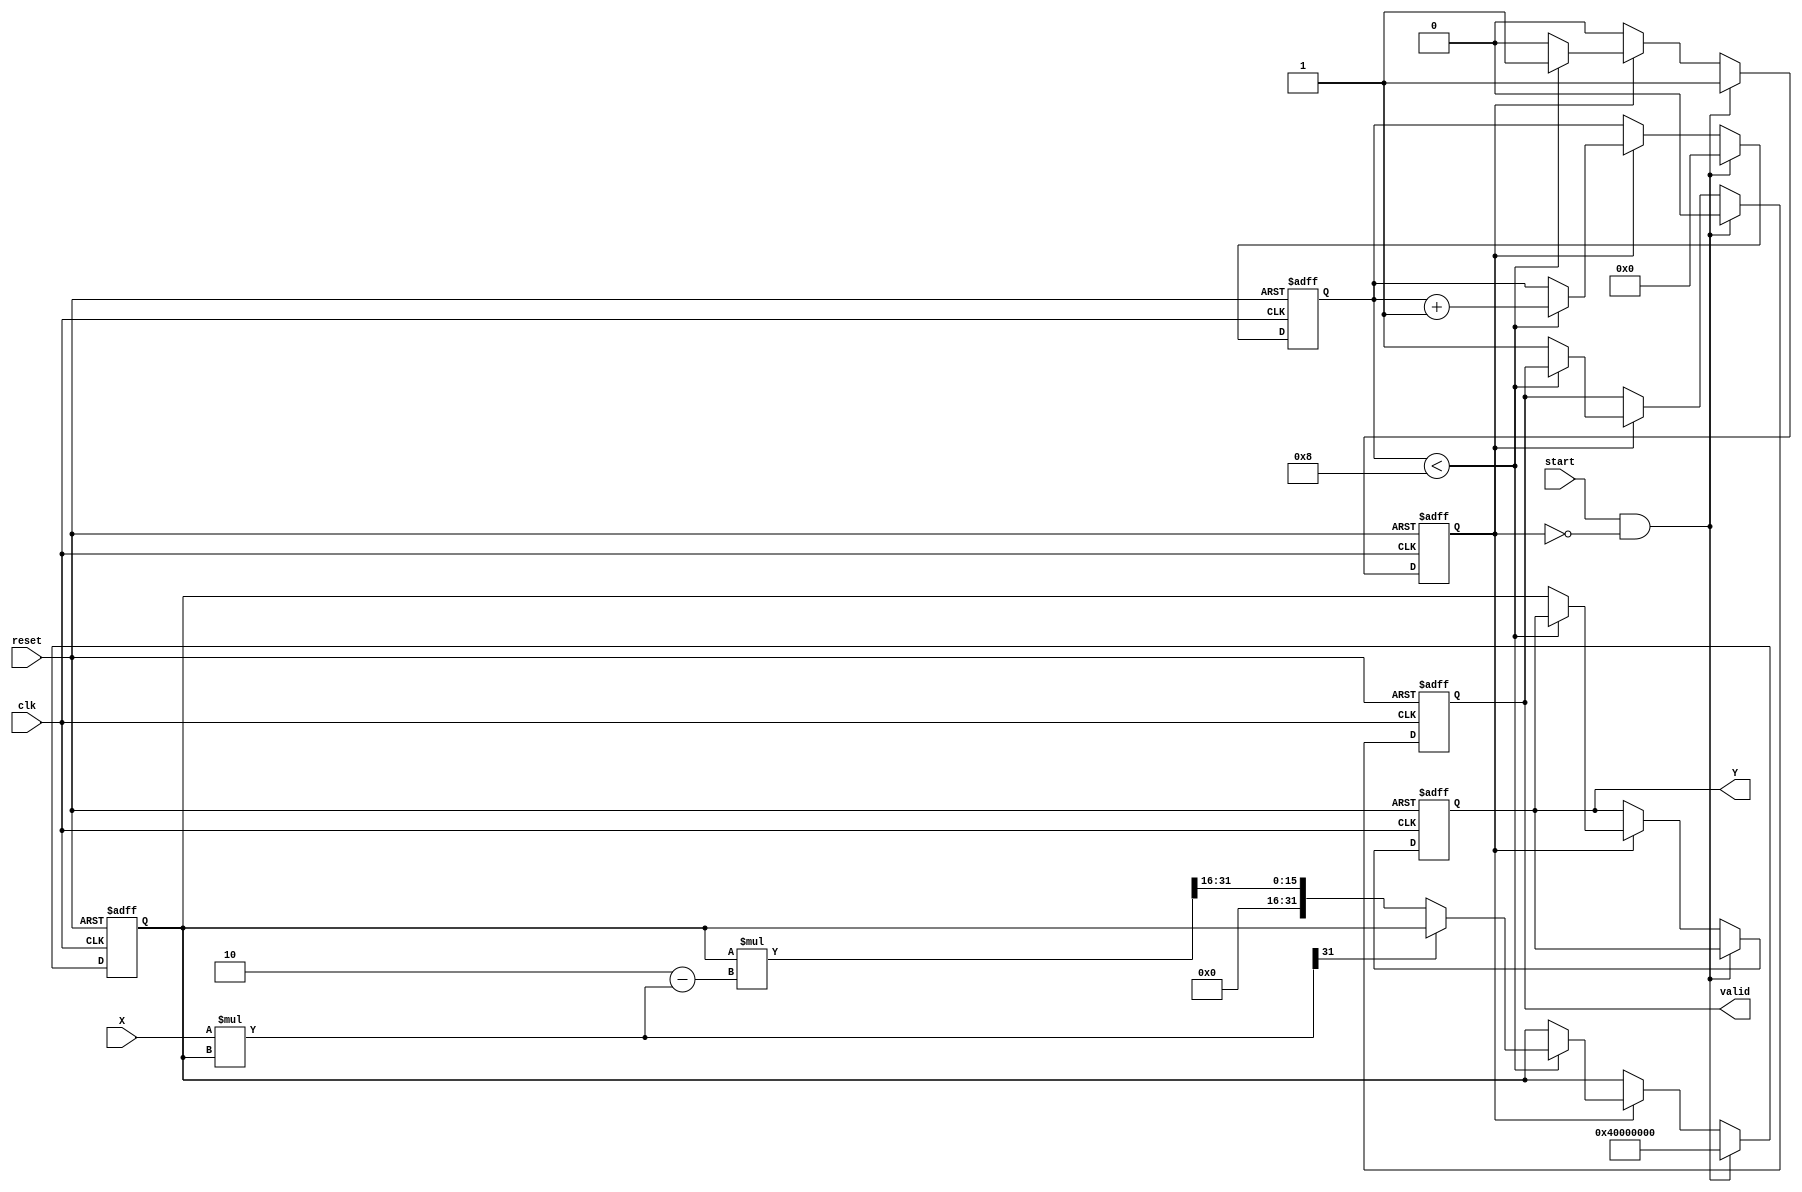
module FixedPointReciprocal #(
    parameter M = 16, // Number of integer bits
    parameter N = 16  // Number of fractional bits
)(
    input wire clk,
    input wire reset,
    input wire start,
    input wire [M + N - 1:0] X, // Input fixed-point number
    output reg [M + N - 1:0] Y,  // Output fixed-point reciprocal
    output reg valid              // Output valid signal
);

    localparam MAX_ITER = 8; // Maximum number of iterations for convergence
    localparam TOLERANCE = 32'h00000001; // Tolerance for convergence

    reg [M + N - 1:0] approx; // Current approximation of the reciprocal
    reg [M + N - 1:0] temp;   // Temporary variable for calculations
    reg [3:0] iter_count;      // Iteration counter
    reg computing;             // Flag to indicate computation in progress

    always @(posedge clk or posedge reset) begin
        if (reset) begin
            Y <= 0;
            valid <= 0;
            approx <= 0;
            iter_count <= 0;
            computing <= 0;
        end else if (start && !computing) begin
            // Initialize for new computation
            approx <= {1'b0, 1'b1, {M + N - 2{1'b0}}}; // Initial approximation (1)
            iter_count <= 0;
            computing <= 1;
            valid <= 0;
        end else if (computing) begin
            if (iter_count < MAX_ITER) begin
                // Newton-Raphson iteration: approx = approx * (2 - X * approx)
                temp = X * approx; // X * approx
                if (temp[M + N - 1]) begin
                    // Handle overflow
                    approx <= approx; // Keep the previous approximation
                end else begin
                    approx <= approx * (32'h00000002 - temp) >> N; // Shift right to maintain fixed-point
                end
                
                iter_count <= iter_count + 1;
            end else begin
                // Finished computing
                Y <= approx;
                valid <= 1;
                computing <= 0;
            end
        end
    end

endmodule